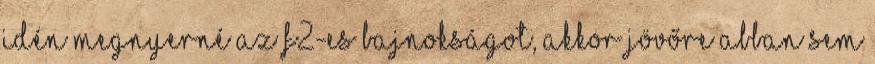
idén megnyerné az F2-es bajnokságot, akkor jövőre abban sem